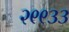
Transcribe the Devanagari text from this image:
२९९३३